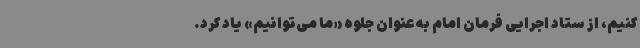
کنیم، از ستاد اجرایی فرمان امام به عنوان جلوه «ما می‌توانیم» یاد کرد.